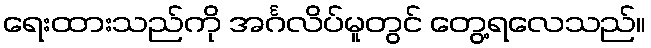
ရေးထားသည်ကို အင်္ဂလိပ်မူတွင် တွေ့ရလေသည်။